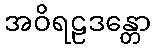
အဝိရဠဒန္တော